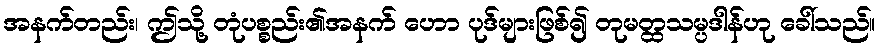
အနက်တည်း၊ ဤသို့ တုံပစ္စည်း၏အနက် ဟော ပုဒ်များဖြစ်၍ တုမတ္ထသမ္ပဒါန်ဟု ခေါ်သည်။